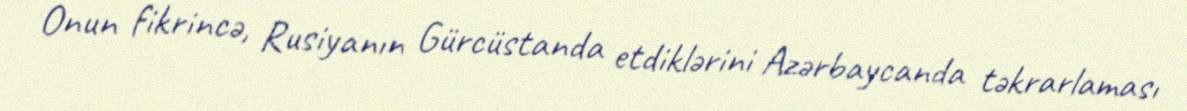
Onun fikrincə, Rusiyanın Gürcüstanda etdiklərini Azərbaycanda təkrarlaması